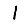
Digit: 1